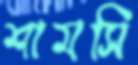
শামসি